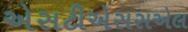
એસટીએસસએલ